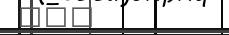
١٢١